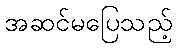
အဆင်မပြေသည့်